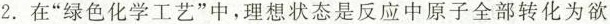
2.在”绿色化学工艺”中，理想状态是反应中原子全部转化为欲